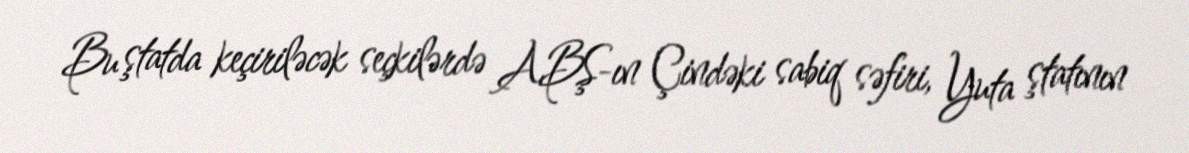
Bu ştatda keçiriləcək seçkilərdə ABŞ-ın Çindəki sabiq səfiri, Yuta ştatının